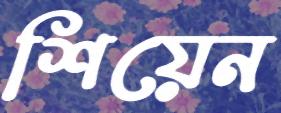
শিয়েন